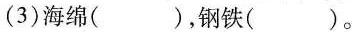
(3)海绵( )，钢铁( )。